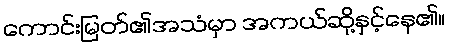
ကောင်းမြတ်၏အသံမှာ အကယ်ဆို့နှင့်နေ၏။